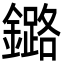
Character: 鏴